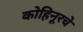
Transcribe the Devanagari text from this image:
कोहिनूरचे